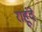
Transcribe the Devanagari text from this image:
राहूंदे